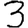
Digit: 3